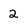
Character: 2